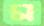
ম